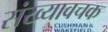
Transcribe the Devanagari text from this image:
संख्यावचक